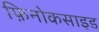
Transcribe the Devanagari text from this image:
फ़िनोकसाइड